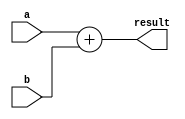
module half_precision_float_adder (
    input [15:0] a,
    input [15:0] b,
    output reg [15:0] result
);

always @(*) begin
    result = a + b;
end

endmodule